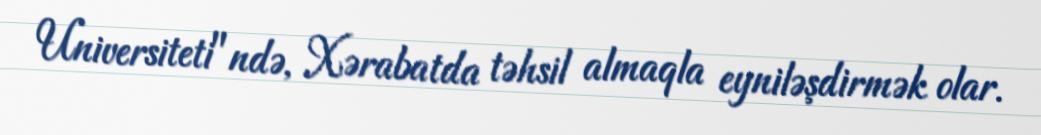
Universiteti"ndə, Xərabatda təhsil almaqla eyniləşdirmək olar.